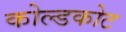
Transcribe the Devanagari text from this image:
कोल्डकोट